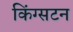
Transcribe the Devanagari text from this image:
किंग्‍सटन